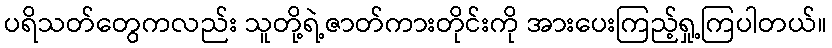
ပရိသတ်တွေကလည်း သူတို့ရဲ့ဇာတ်ကားတိုင်းကို အားပေးကြည့်ရှု့ကြပါတယ်။